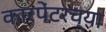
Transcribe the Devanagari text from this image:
कारपेंटरच्या